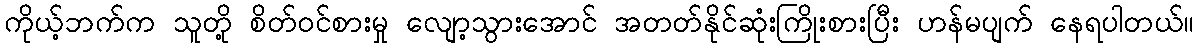
ကိုယ့်ဘက်က သူတို့ စိတ်ဝင်စားမှု လျော့သွားအောင် အတတ်နိုင်ဆုံးကြိုးစားပြီး ဟန်မပျက် နေရပါတယ်။